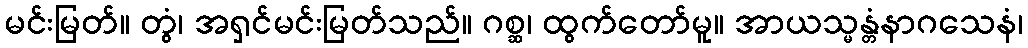
မင်းမြတ်။ တွံ၊ အရှင်မင်းမြတ်သည်။ ဂစ္ဆ၊ ထွက်တော်မူ။ အာယသ္မန္တံနာဂသေနံ၊